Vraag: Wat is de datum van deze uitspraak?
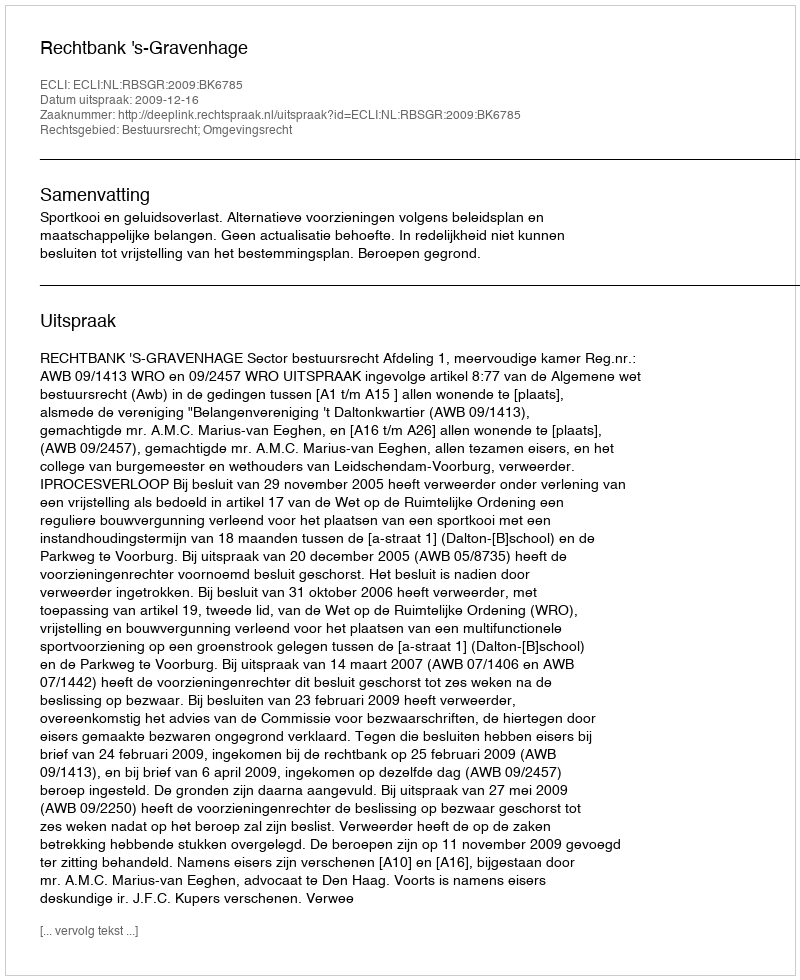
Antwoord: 2009-12-16